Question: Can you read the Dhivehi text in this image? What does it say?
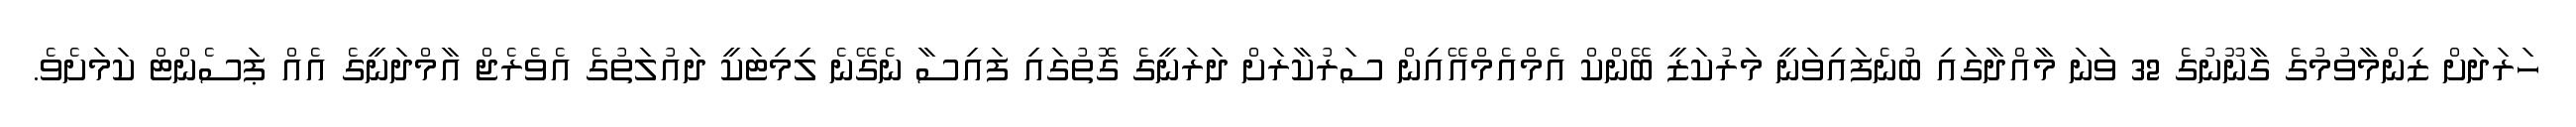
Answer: ހަރަދަށް ޒިންމާވުމުގެ ގާނޫނުގެ 32 ވަނަ މާއްދާގައި ބުނެފައިވަނީ މަރުކަޒީ ބޭންކް އެމްއެމްއޭއިން ސަރުކާރަށް ދަރަނީގެ ގޮތުގައި ފައިސާ ނެގޭނެ ލިމިޓަކީ ދައުލަތުގެ އެވެރެޖް އާމްދަނީގެ އެއް ޕަސެންޓް ކަމަށެވެ.